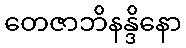
တေဇာဘိနန္ဒိနော